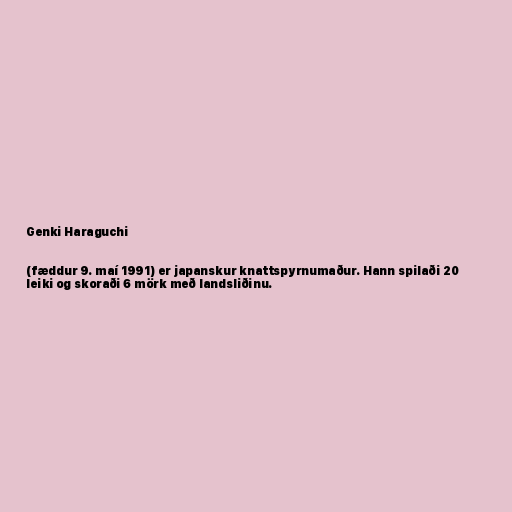
Genki Haraguchi

(fæddur 9. maí 1991) er japanskur knattspyrnumaður. Hann spilaði 20
leiki og skoraði 6 mörk með landsliðinu.